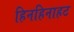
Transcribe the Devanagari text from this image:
हिनहिनाहट